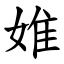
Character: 婎